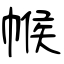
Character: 帿